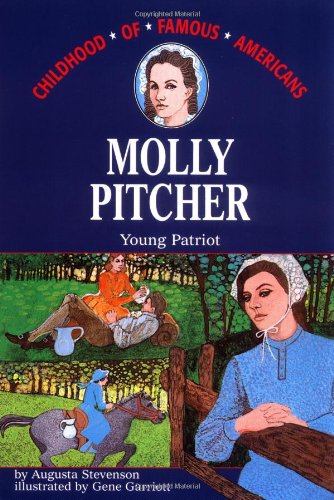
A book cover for Molly Pitcher: Young Patriot (Childhood of Famous Americans); Augusta Stevenson; Children's Books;